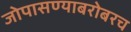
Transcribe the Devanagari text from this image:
जोपासण्याबरोबरच